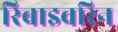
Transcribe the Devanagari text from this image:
रिबाइवरिन